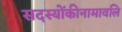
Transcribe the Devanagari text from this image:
सदस्योंकीनामावलि